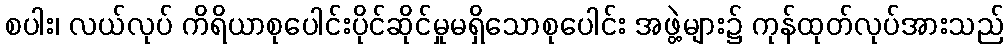
စပါး၊ လယ်လုပ် ကိရိယာစုပေါင်းပိုင်ဆိုင်မှုမရှိသောစုပေါင်း အဖွဲ့များ၌ ကုန်ထုတ်လုပ်အားသည်